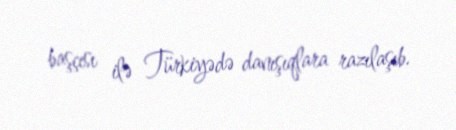
başçısı ilə Türkiyədə danışıqlara razılaşıb.